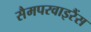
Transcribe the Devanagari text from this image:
सैमपरवाइरैंस